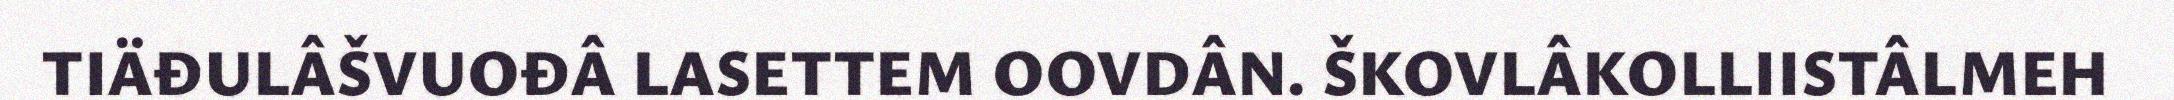
TIÄĐULÂŠVUOĐÂ LASETTEM OOVDÂN. ŠKOVLÂKOLLIISTÂLMEH